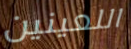
اللعينين